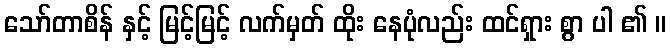
သော်တာစိန် နှင့် မြင့်မြင့် လက်မှတ် ထိုး နေပုံလည်း ထင်ရှား စွာ ပါ ၏ ။